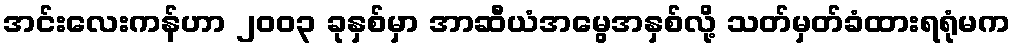
အင်းလေးကန်ဟာ ၂၀၀၃ ခုနှစ်မှာ အာဆီယံအမွေအနှစ်လို့ သတ်မှတ်ခံထားရရုံမက